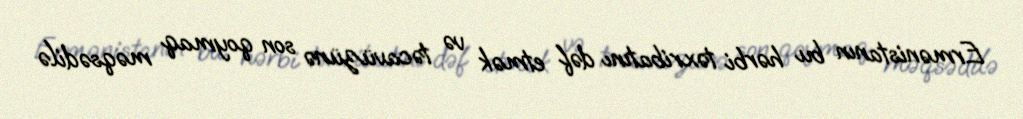
Ermənistanın bu hərbi təxribatını dəf etmək və təcavüzünə son qoymaq məqsədilə